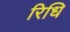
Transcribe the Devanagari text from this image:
रिधि